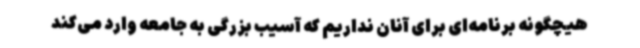
هیچگونه برنامه‌ای برای آنان نداریم که آسیب بزرگی به جامعه وارد می‌کند